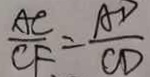
\frac { A C } { C F } = \frac { A D } { C D }